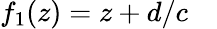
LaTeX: f_{1}(z)=z+d/c\quad